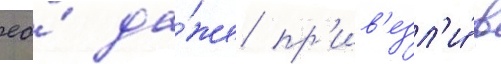
ео́ да́же пр'ив'езл'и́ в